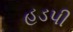
હડપી